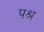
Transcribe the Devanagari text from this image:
पश्र